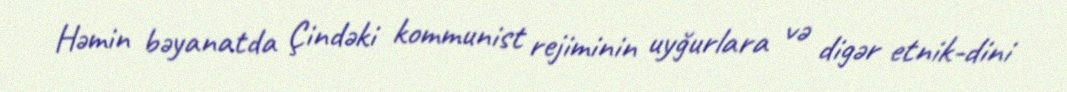
Həmin bəyanatda Çindəki kommunist rejiminin uyğurlara və digər etnik-dini